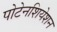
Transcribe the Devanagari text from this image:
पोटेनशियेशन